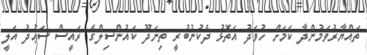
ތައްޔާރުވަމުންދާ ކަމަށް ހުވަދު އަތޮޅު ދެކުނުބުރީ ތިނަދޫ ކައުންސިލްގެ ރައީސް ސަޢުދު އަލީ